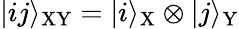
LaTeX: |ij\rangle_{\mathrm{XY}}=|i\rangle_{\mathrm{X}}\otimes|j\rangle_{\mathrm{Y}}